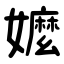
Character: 嬤